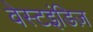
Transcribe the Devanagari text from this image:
वेस्टइंडिज़